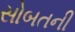
સોબતની